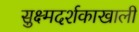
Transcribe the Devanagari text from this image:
सुक्ष्मदर्शकाखाली